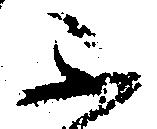
不